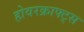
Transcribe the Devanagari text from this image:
होवरक्राफ्ट्स